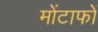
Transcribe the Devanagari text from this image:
मोंटाफों